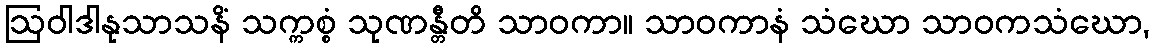
ဩဝါဒါနုသာသနိံ သက္ကစ္စံ သုဏန္တီတိ သာဝကာ။ သာဝကာနံ သံဃော သာဝကသံဃော,